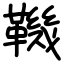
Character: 鞿